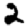
Digit: 2